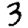
Digit: 3